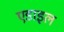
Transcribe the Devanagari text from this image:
एडाइल